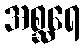
အစ္ဆရေ